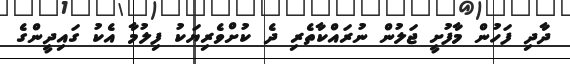
ދާދި ފަހުން މާފުށީ ޖަލުން ނުރައްކާތެރި ދެ ކުށްވެރިޔަކު ފިލުމާ އެކު ގައިދީންގެ